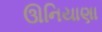
ઊનિયાણા